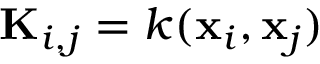
\mathbf { K } _ { i , j } = k ( \mathbf { x } _ { i } , \mathbf { x } _ { j } )